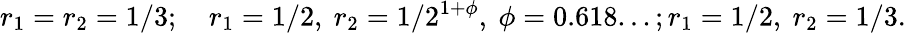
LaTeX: r_{1}=r_{2}=1/3;\quad r_{1}=1/2,~r_{2}=1/2^{1+\phi},~\phi=0.618...;r_{1}=1/2,~r_{2}=1/3.